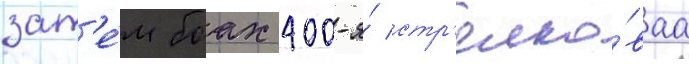
зат'е́м боах 400-я́ стр'елко́ваа